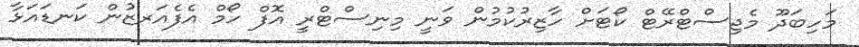
މަހިބަދޫ މެޖިސްޓްރޭޓް ކޯޓަށް ހާޒިރުކުމުން ވަނީ މިނިސްޓްރީ އޮފް ހޯމް އެފެއަރޒުން ކަނޑައަޅާ